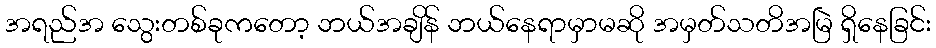
အရည်အ သွေးတစ်ခုကတော့ ဘယ်အချိန် ဘယ်နေရာမှာမဆို အမှတ်သတိအမြဲ ရှိနေခြင်း